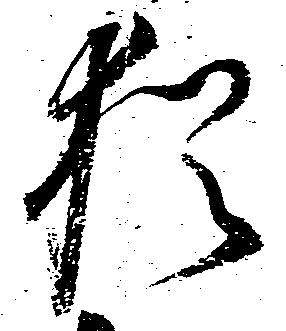
猶